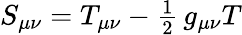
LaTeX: S_{\mu\nu}=T_{\mu\nu}-{\textstyle{\frac{1}{2}}}\, g_{\mu\nu}T